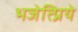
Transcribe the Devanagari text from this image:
भजेत्प्रिये